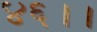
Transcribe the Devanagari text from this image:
४६।।